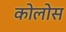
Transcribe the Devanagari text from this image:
कोलोस